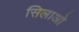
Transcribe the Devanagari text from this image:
सिलाओ